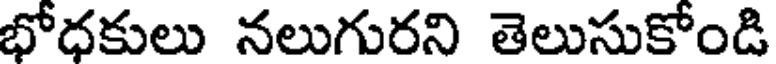
భోధకులు నలుగురని తెలుసుకోండి